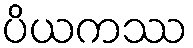
ပိယကဿ